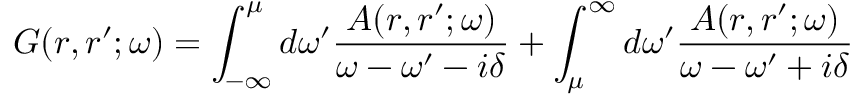
G ( r , r ^ { \prime } ; \omega ) = \int _ { - \infty } ^ { \mu } d \omega ^ { \prime } \frac { A ( r , r ^ { \prime } ; \omega ) } { \omega - \omega ^ { \prime } - i \delta } + \int _ { \mu } ^ { \infty } d \omega ^ { \prime } \frac { A ( r , r ^ { \prime } ; \omega ) } { \omega - \omega ^ { \prime } + i \delta }